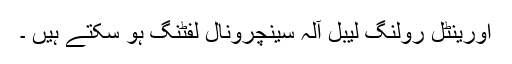
اورینٹل رولنگ لیبل آلہ سینچرونال لفٹنگ ہو سکتے ہیں ۔